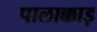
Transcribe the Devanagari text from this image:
पालाक्काड़